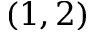
( 1 , 2 )